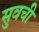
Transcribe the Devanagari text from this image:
सुवची